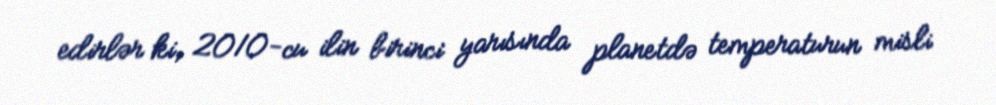
edirlər ki, 2010-cu ilin birinci yarısında planetdə temperaturun misli